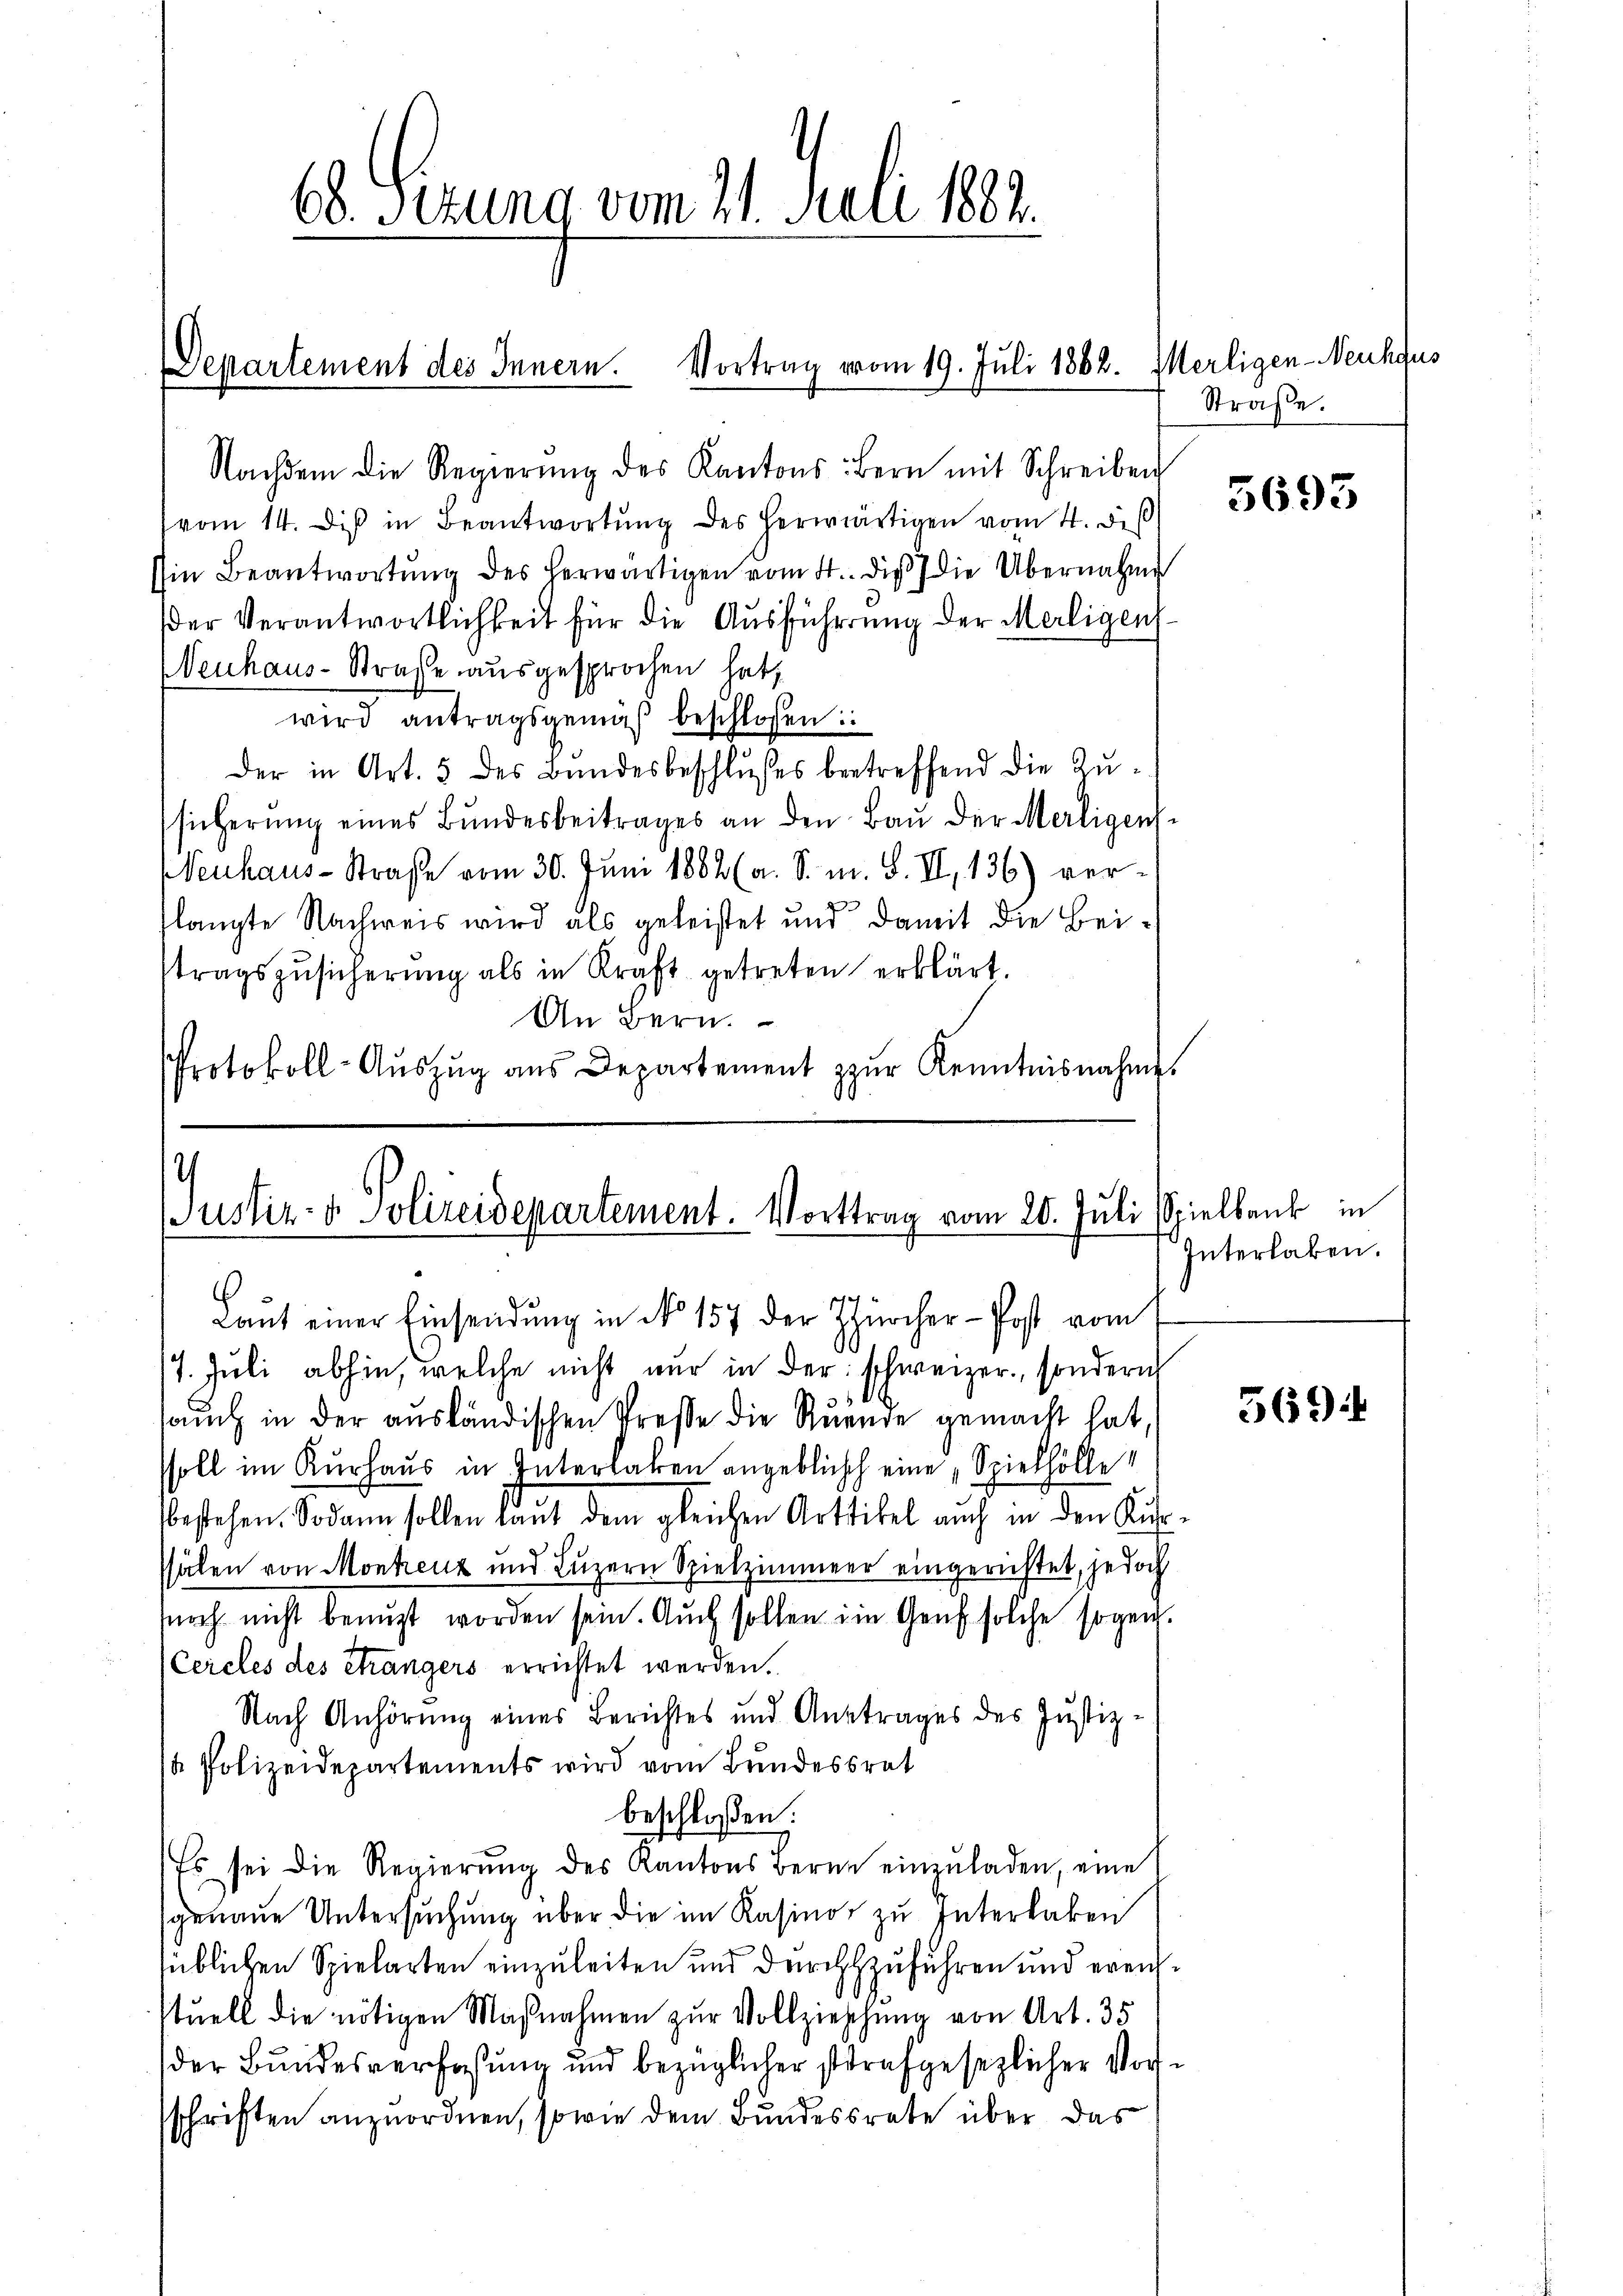
68. Perung vom 21. Juli 1882.
Vortrag vom 19. Juli 1862. Merligen-Neuhfus
Departement des Innern.

Nachdem die Regierŭng des Kantons-Bern mit Schreiben
vom 14. di in Beantwortŭng des herwärtigen vom 4. deß
Ein Beantwortung des herwärtigen vom 4. die die Übernahme
der Verantwortlichkeit für die Ausführung der Meiligen
Neuhaus-Straße ausgesprochen hatt
wird antragsgemäß beschlossen:
der in Art. 5 des Bundesbeschlußes betreffend die Zusicherŭng eines Bŭndesbeitrages an den Bau der Merligens-
Neuhaus-Straße vom 30. Juni 1882 (a. S. m. S. II, 136) verslangte Nachweis wird als geleistet und damit die Beitragszŭsicherŭng als in Kraft getreten erklärt.
An Bern.
Protokoll-Aŭszŭg aŭs Departement zŭr Kenntnisnahme.

.
Justiz- & Polizeidepartement. Vorttrag vom 20. Juli spielbank in

Laut einer Einsendung in No 157 der Zürcher-Post vom
/4. Juli abhin, welche nicht nur in der schweizer, sondern
auch in der ausländischen Stresse die Ruende gemacht hat,
soll im Kurhaus in Interlaken angeblich eine „Spielhölle
bestehen. Sodann sollen laut dem gleichen Artikel auch in den Kusälen von Montreuz und Luzern Spielzimmer eingerichtet, jedoch
noch nicht benuzt worden sein. Auch sollen im Genf solche sogen.
(Cercles des Strangers errichtet werden.
Nach Anhörung eines Berichtes und Antrages des Justiz-
/a Polizeidepartements wird vom Bundesrat
beschloßen:
Es sei die Regierŭng des Kantons Berne einzŭladen, eine
genaue Untersuchung über die im Rasino zu Interlaken
süblichen Spielarten einzuleiten und durchzuführen und erenstuell die nötigen Maβnahmen zŭr Vollziehung von Art. 35
der Bundesverfaßung und bezüglicher strafgesezlicher Vorsschriften anzuordnen, sowie dem Bundesrate über das

Straße.

5693

Interlaken.

569